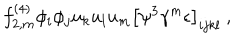
f _ { 2 , m } ^ { ( 4 ) } \phi _ { i } \phi _ { j } u _ { k } u _ { l } u _ { m } \left[ \psi ^ { 3 } \gamma ^ { m } \epsilon \right] _ { i j k l } \ ,